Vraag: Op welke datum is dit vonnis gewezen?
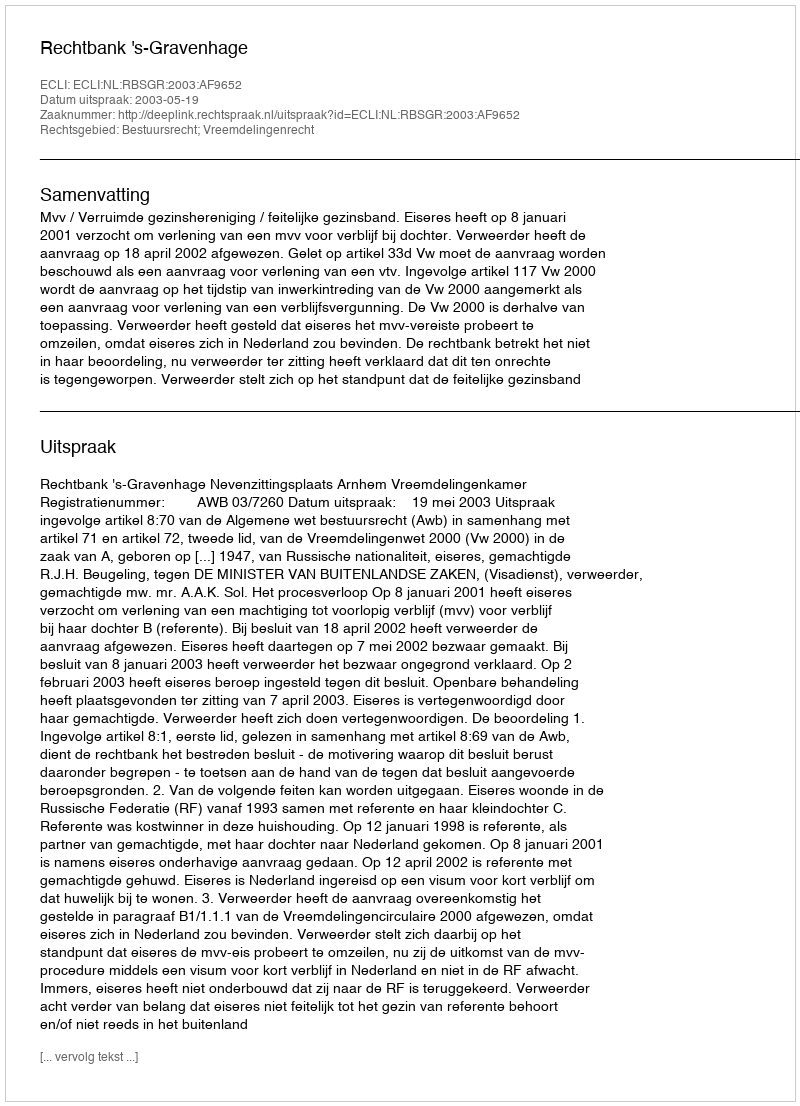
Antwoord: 2003-05-19